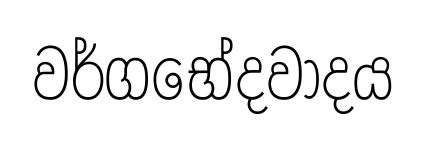
වර්ගභේදවාදය